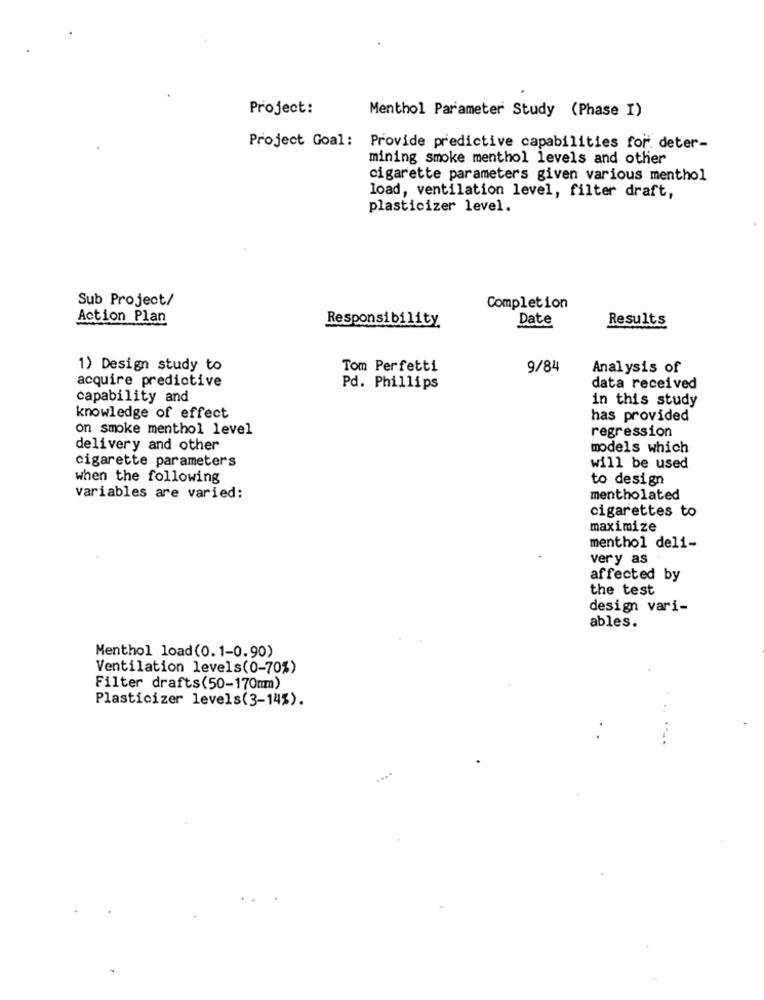
Project:
Menthol Parameter Study (Phase I)
Project Goal:
Provide predictive capabilities for. deter-
mining smoke menthol levels and other
cigarette parameters given various menthol
load, ventilation level, filter draft,
plasticizer level.
Sub Project/
Completion
Action Plan
Responsibility
Date
Results
1) Design study to
Tom Perfetti
9/84
Analysis of
acquire predictive
Pd. Phillips
data received
capability and
in this study
knowledge of effect
has provided
on smoke menthol level
regression
delivery and other
models which
cigarette parameters
will be used
when the following
to design
variables are varied:
mentholated
cigarettes to
maximize
menthol deli-
very as
affected by
the test
design vari-
ables.
Menthol load(0.1-0.90)
Ventilation levels(0-70%)
Filter drafts(50-170mm)
Plasticizer levels(3-14%).